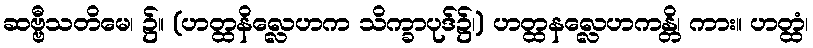
ဆဗ္ဗီသတိမေ၊ ၌။ (ဟတ္ထနိလ္လေဟက သိက္ခာပုဒ်၌၊) ဟတ္ထနလ္လေဟကန္တိ၊ ကား။ ဟတ္ထံ၊